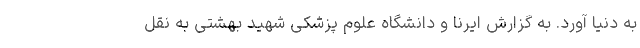
به دنیا آورد. به گزارش ایرنا و دانشگاه علوم پزشکی شهید بهشتی به نقل